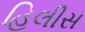
હિલીસ